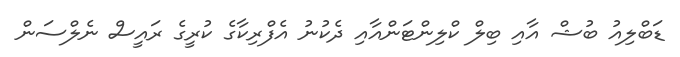
ޑަބްލިއު ބުޝް އާއި ބިލް ކްލިންޓަންއާއި ދެކުނު އެފްރިކާގެ ކުރީގެ ރައީސް ނެލްސަން